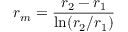
r _ { m } = { \frac { r _ { 2 } - r _ { 1 } } { \ln ( r _ { 2 } / r _ { 1 } ) } }